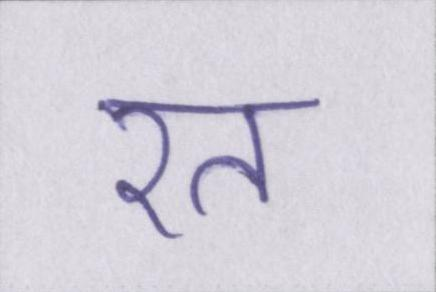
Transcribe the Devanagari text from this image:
रत